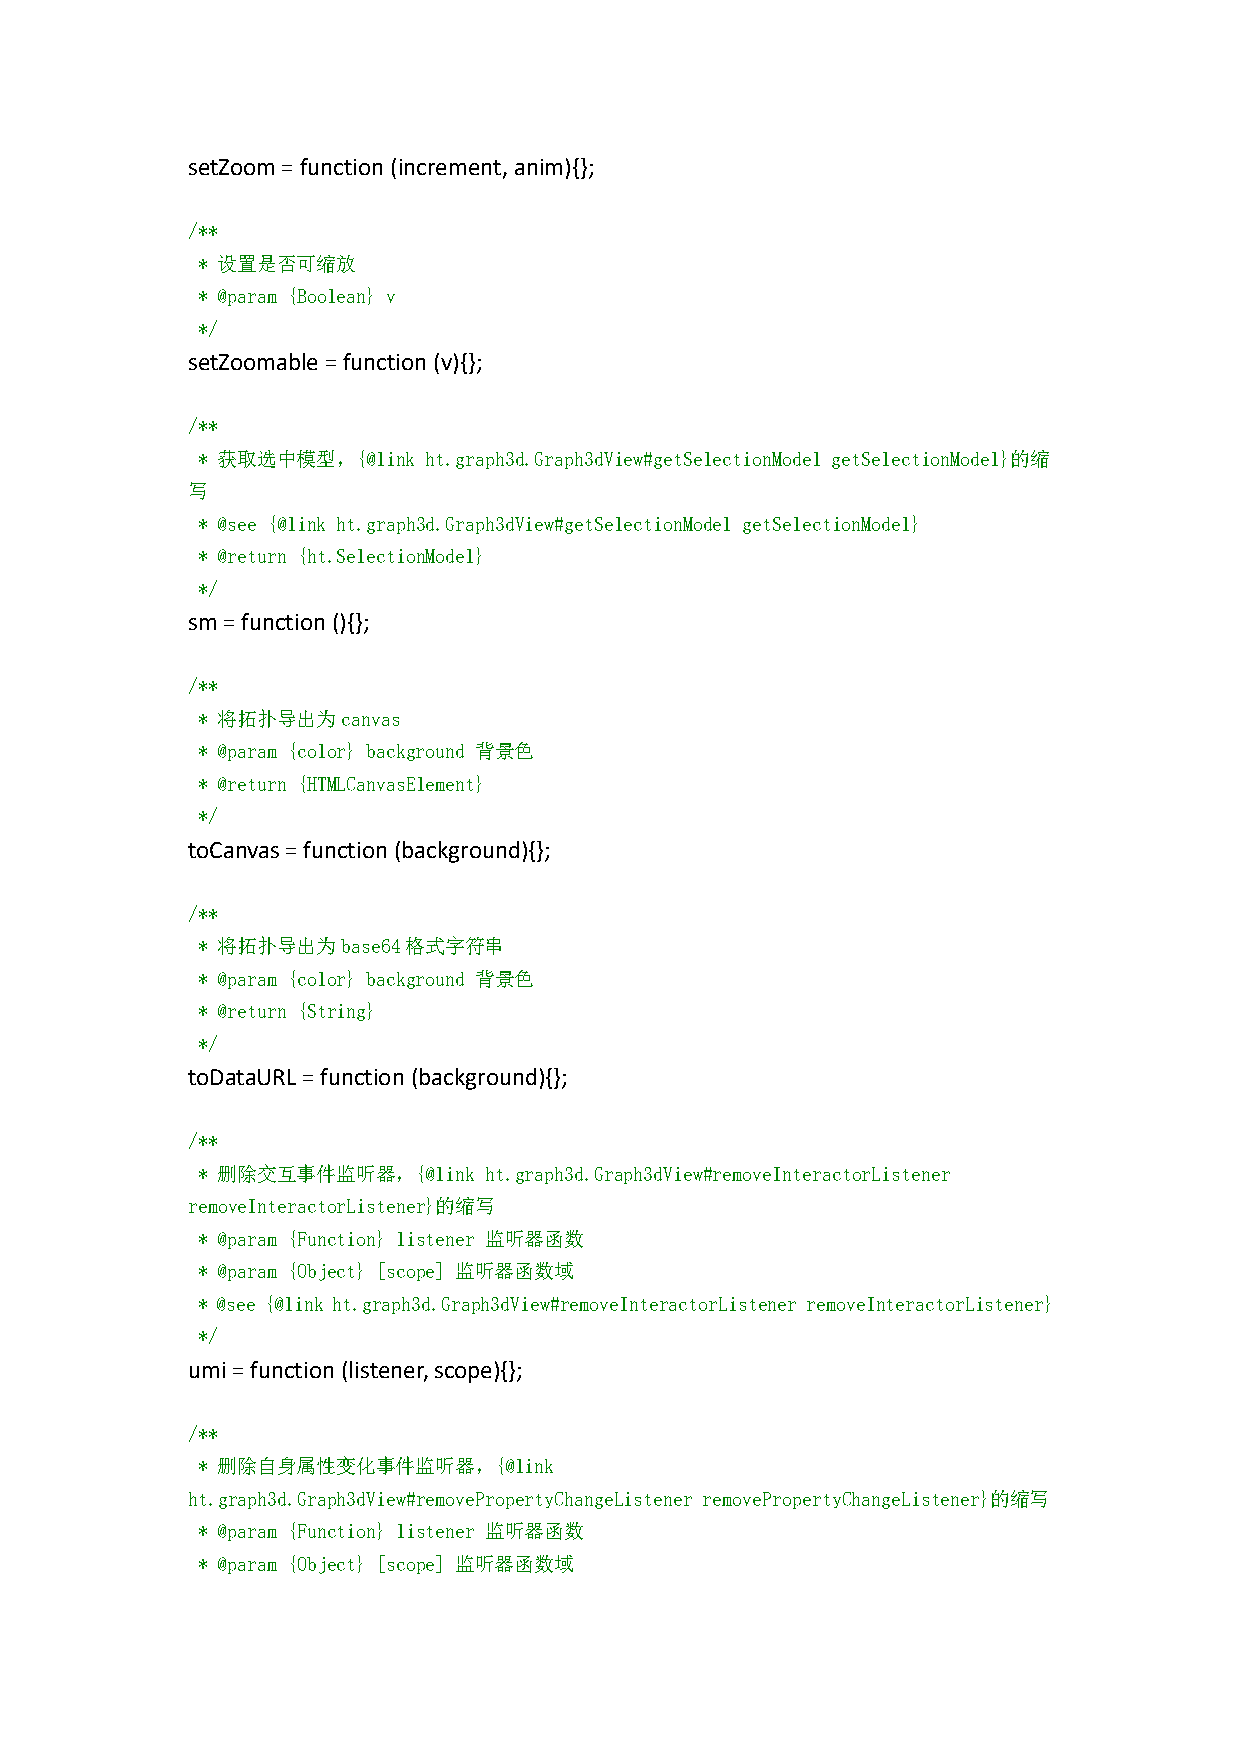
setZoom=function(increment,anim){};
 /**
 * 设置是否可缩放
 * @param {Boolean} v
 */
 setZoomable=function(v){};
 /**
 * 获取选中模型，{@link ht.graph3d.Graph3dView#getSelectionModel getSelectionModel}的缩
 写
 * @see {@link ht.graph3d.Graph3dView#getSelectionModel getSelectionModel}
 * @return {ht.SelectionModel}
 */
 sm=function(){};
 /**
 * 将拓扑导出为canvas
 * @param {color} background 背景色
 * @return {HTMLCanvasElement}
 */
 toCanvas=function(background){};
 /**
 * 将拓扑导出为base64格式字符串
 * @param {color} background 背景色
 * @return {String}
 */
 toDataURL=function(background){};
 /**
 * 删除交互事件监听器，{@link ht.graph3d.Graph3dView#removeInteractorListener
 removeInteractorListener}的缩写
 * @param {Function} listener 监听器函数
 * @param {Object} [scope] 监听器函数域
 * @see {@link ht.graph3d.Graph3dView#removeInteractorListener removeInteractorListener}
 */
 umi=function(listener,scope){};
 /**
 * 删除自身属性变化事件监听器，{@link
 ht.graph3d.Graph3dView#removePropertyChangeListener removePropertyChangeListener}的缩写
 * @param {Function} listener 监听器函数
 * @param {Object} [scope] 监听器函数域